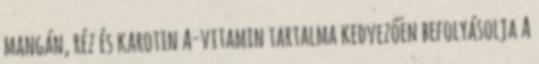
mangán, réz és karotin A-vitamin tartalma kedvezően befolyásolja A